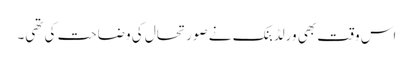
اس وقت بھی ورلڈبنک نے صورتحال کی وضاحت کی تھی۔